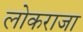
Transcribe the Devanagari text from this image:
लोकराजा